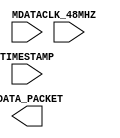
///////////////////////////////////////////////////////////////////////////////////////////////////
// Company: <ELSA>
//
//
// Description: Inputs magnetometer data from I2C interface, waits for all 3 vectors, outputs data stack.
//
// Targeted device: <Family::ProASIC3L> <Die::A3PE3000L> <Package::484 FBGA>
//
/////////////////////////////////////////////////////////////////////////////////////////////////// 

//`timescale <time_units> / <precision>

module mag_data_handling(CLK_48MHZ, TIMESTAMP, MDATA, MDATA_PACKET );
input CLK_48MHZ, TIMESTAMP, MDATA;
output MDATA_PACKET;

endmodule